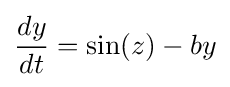
{\frac {dy}{dt}}=\sin(z)-by